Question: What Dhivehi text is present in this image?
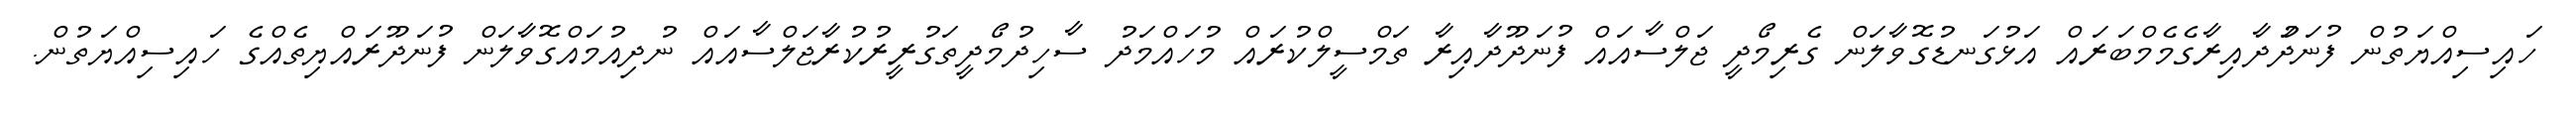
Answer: ހައިސިއްޔަތުން ފުނަދަުދާއިރާގެމެމްބަރައް އަޅުގަނޑުގޮވާލަން ގެރިމޯދީ ޖަލްސާއައް ފުނަދޫދާއިރާ ތަމްސީލްކުރައް މުހައްމަދު ސާހިދުމޯދީތަގުރީރުކުރާޖަލްސާއައް ނުދިއުމައްގޮވާލަން ފުނަދޫރައްޔިތެއްގެ ހައިސިއްޔަތުން.